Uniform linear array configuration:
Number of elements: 12
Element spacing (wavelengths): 0.75
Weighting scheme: hann
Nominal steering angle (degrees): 45
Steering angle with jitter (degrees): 44.022
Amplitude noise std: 0.05
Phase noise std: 0.05

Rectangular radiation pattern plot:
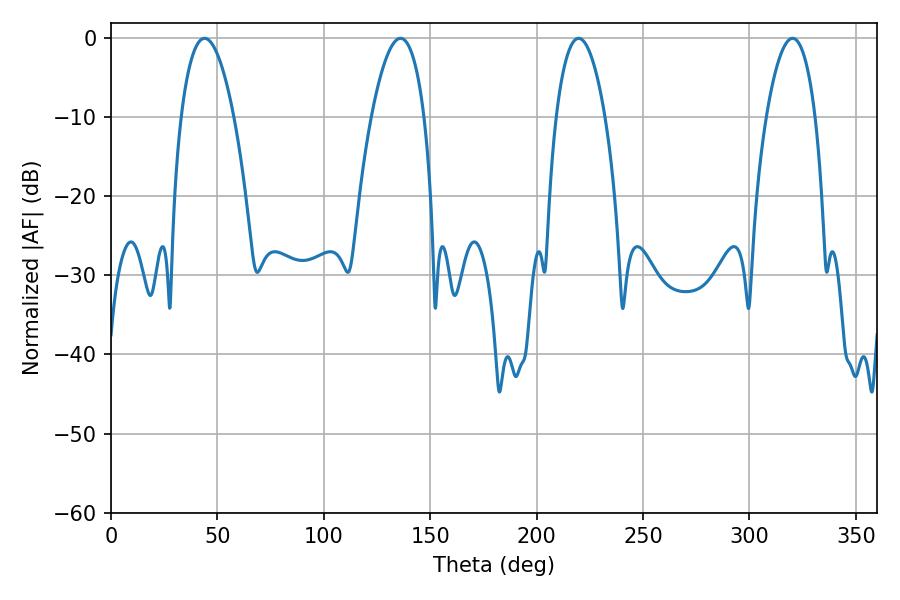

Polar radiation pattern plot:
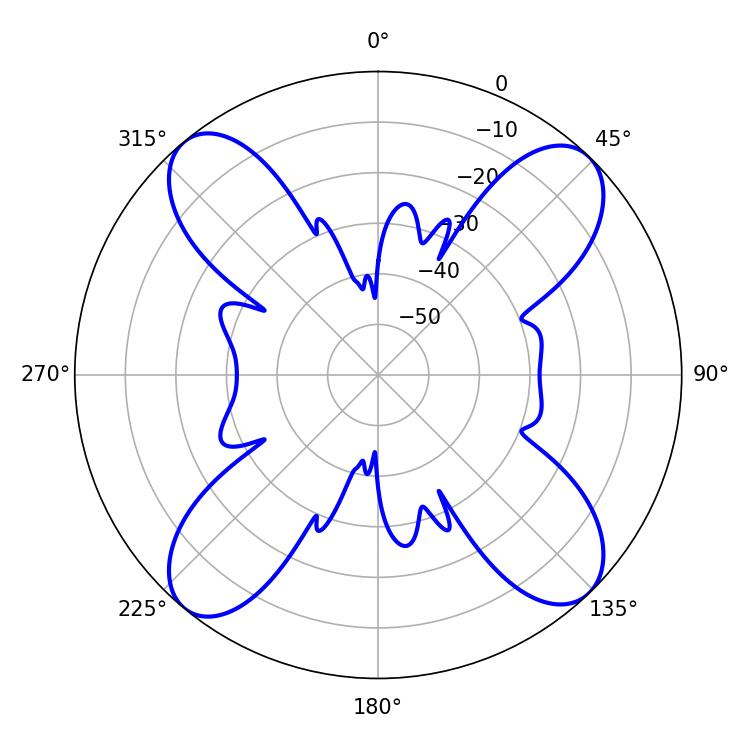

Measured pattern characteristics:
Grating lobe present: TRUE
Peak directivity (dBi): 15.76
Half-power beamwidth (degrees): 13.86
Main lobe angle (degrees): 136.08